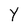
Character: Y